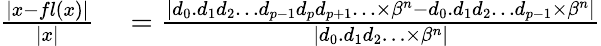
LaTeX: \begin{array}{rl}{{\frac{|x-fl(x)|}{|x|}}}&{{}={\frac{|d_{0}.d_{1}d_{2}\ldots d_{p-1}d_{p}d_{p+1}\ldots\times\beta^{n}-d_{0}.d_{1}d_{2}\ldots d_{p-1}\times\beta^{n}|}{|d_{0}.d_{1}d_{2}\ldots\times\beta^{n}|}}}\end{array}